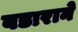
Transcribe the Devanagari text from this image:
वडाराने